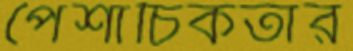
পৈশাচিকতার